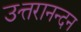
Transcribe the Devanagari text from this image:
उत्तरानन्दन